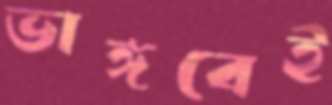
ভাঙ্গবেই